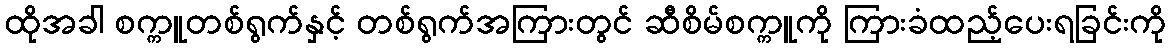
ထိုအခါ စက္ကူတစ်ရွက်နှင့် တစ်ရွက်အကြားတွင် ဆီစိမ်စက္ကူကို ကြားခံထည့်ပေးရခြင်းကို